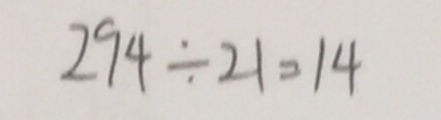
2 9 4 \div 2 1 = 1 4